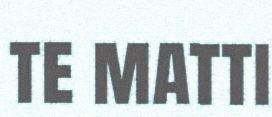
te matti